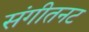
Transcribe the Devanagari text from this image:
संगीतनट